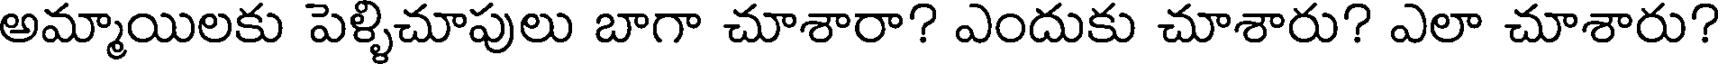
అమ్మాయిలకు పెళ్ళిచూపులు బాగా చూశారా? ఎందుకు చూశారు? ఎలా చూశారు?